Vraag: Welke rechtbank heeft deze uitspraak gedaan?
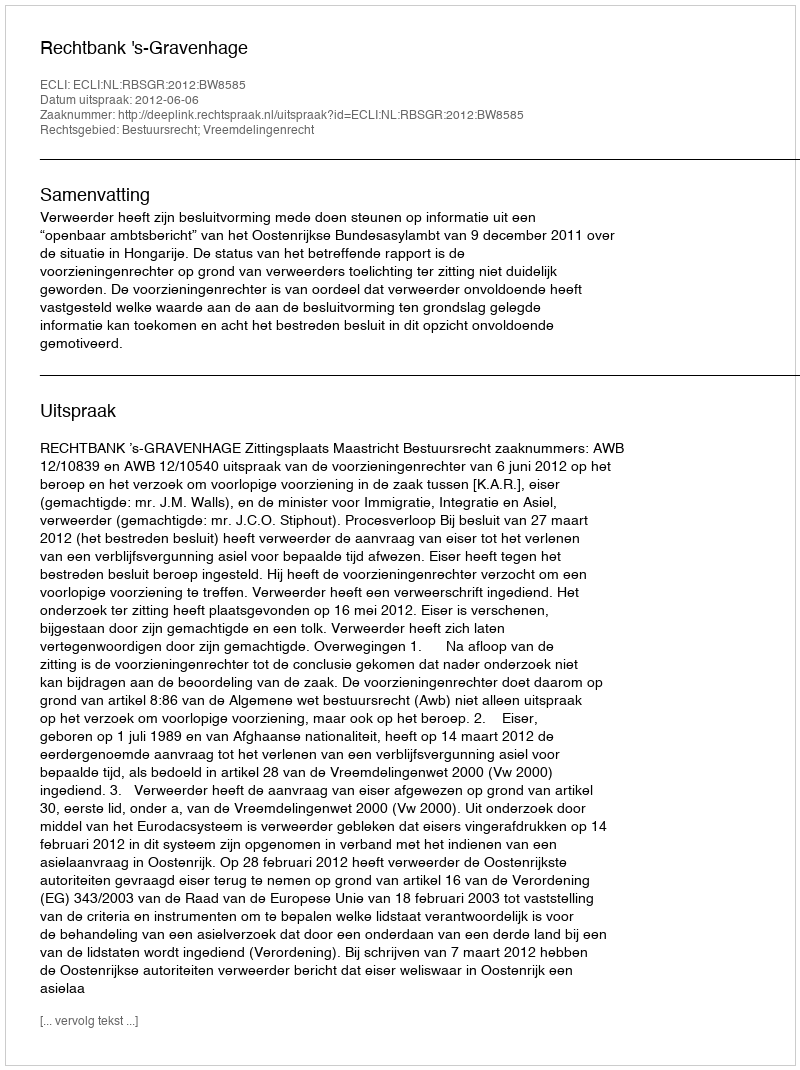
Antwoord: Rechtbank 's-Gravenhage